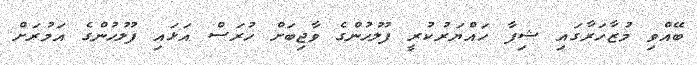
ބޭއްވި މުޒާހަރާގައި ޝިފާ ހައްޔަރުކުރީ ފުލުހުންގެ ވާޖިބަށް ހުރަސް އަޅައި ފުލުހުންގެ އަމުރަށް